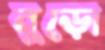
নুড়ো